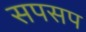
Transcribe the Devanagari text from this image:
सपसप